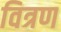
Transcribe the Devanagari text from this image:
वित्रण